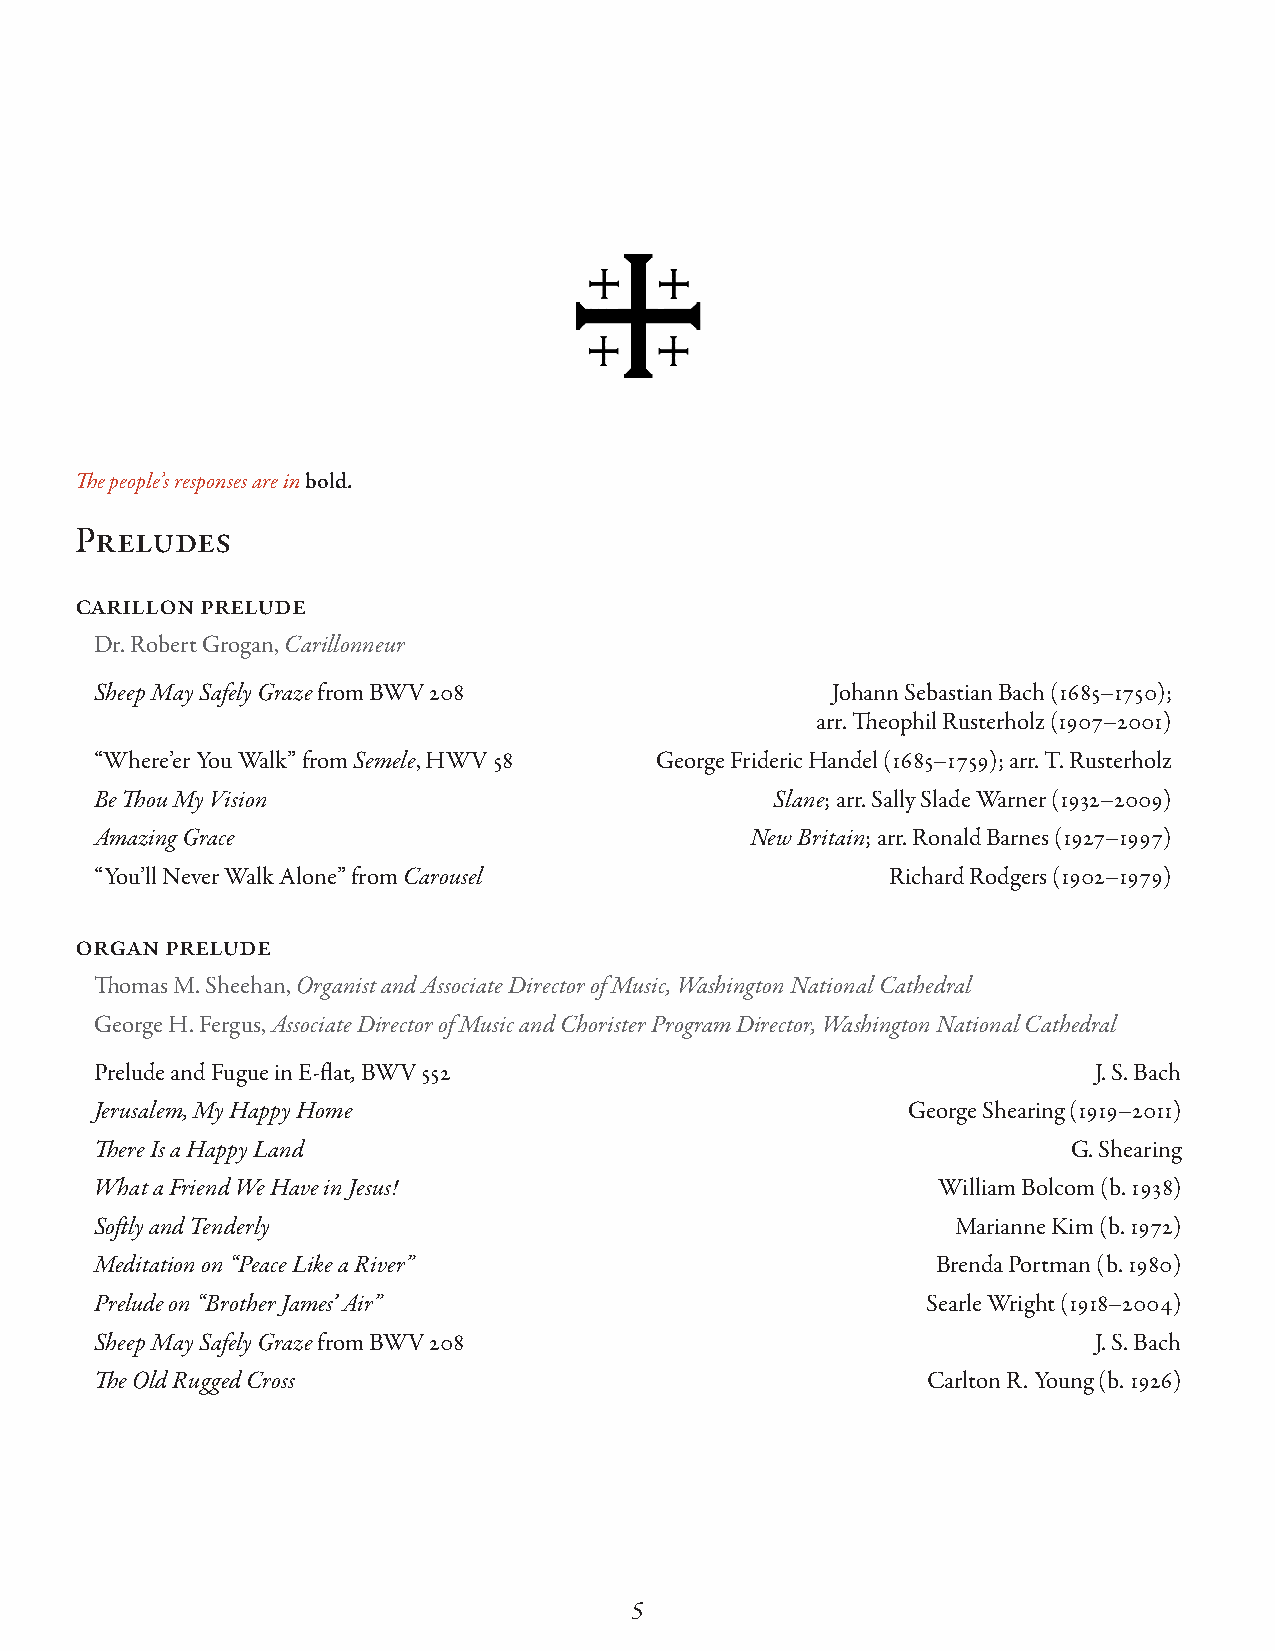
The people’s responses are in bold.
 Preludes
 carillon prelude
 Dr. Robert Grogan, Carillonneur
 Sheep May Safely Graze from BWV 208              Johann Sebastian Bach (1685–1750);
 arr. Theophil Rusterholz (1907–2001)
 “Where’er You Walk” from Semele, HWV 58 George Frideric Handel (1685–1759); arr. T. Rusterholz
 Be Thou My Vision                            Slane; arr. Sally Slade Warner (1932–2009)
 Amazing Grace                               New Britain; arr. Ronald Barnes (1927–1997)
 “You’ll Never Walk Alone” from Carousel              Richard Rodgers (1902–1979)
 organ prelude
 Thomas M. Sheehan, Organist and Associate Director of Music, Washington National Cathedral
 George H. Fergus, Associate Director of Music and Chorister Program Director, Washington National Cathedral
 Prelude and Fugue in E-flat, BWV 552                              J. S. Bach
 Jerusalem, My Happy Home                              George Shearing (1919–2011)
 There Is a Happy Land                                            G. Shearing
 What a Friend We Have in Jesus!                         William Bolcom (b. 1938)
 Softly and Tenderly                                      Marianne Kim (b. 1972)
 Meditation on “Peace Like a River”                      Brenda Portman (b. 1980)
 Prelude on “Brother James’ Air”                        Searle Wright (1918–2004)
 Sheep May Safely Graze from BWV 208                               J. S. Bach
 The Old Rugged Cross                                   Carlton R. Young (b. 1926)
 5